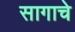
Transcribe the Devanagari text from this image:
सागाचे